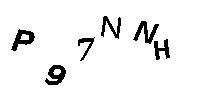
P97NNH